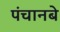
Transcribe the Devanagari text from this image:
पंचानबे